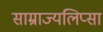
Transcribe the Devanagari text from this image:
साम्राज्यलिप्सा